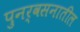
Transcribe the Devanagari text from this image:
पुनर्वसनातील